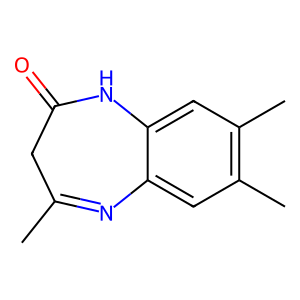
SMILES: CC1=Nc2cc(C)c(C)cc2NC(=O)C1
Inhibits HIV replication: No